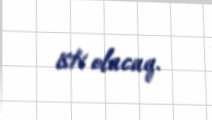
isti olacaq.